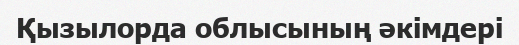
Қызылорда облысының әкімдері